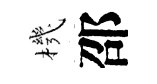
機邵